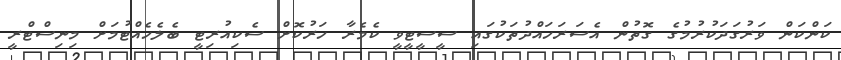
ކަންކަން ވަރުގަަދަކުރުމުގެ ގޮތުން އެސަރަހައްދުތަކުގައި ސީސީޓީވީ ކެމެރާ ހަރުކޮށް ސެކިއުރިޓީ ބެލެހެއްޓުމަށް މިނިސްޓްރީ